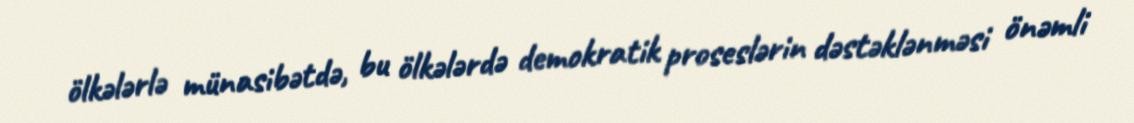
ölkələrlə münasibətdə, bu ölkələrdə demokratik proseslərin dəstəklənməsi önəmli